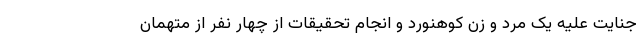
جنایت علیه یک مرد و زن کوهنورد و انجام تحقیقات از چهار نفر از متهمان